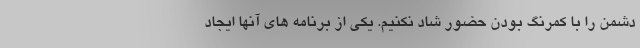
دشمن را با کمرنگ بودن حضور شاد نکنیم. یکی از برنامه های آنها ایجاد